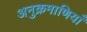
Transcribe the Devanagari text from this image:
अनुक्रमाणियाँ